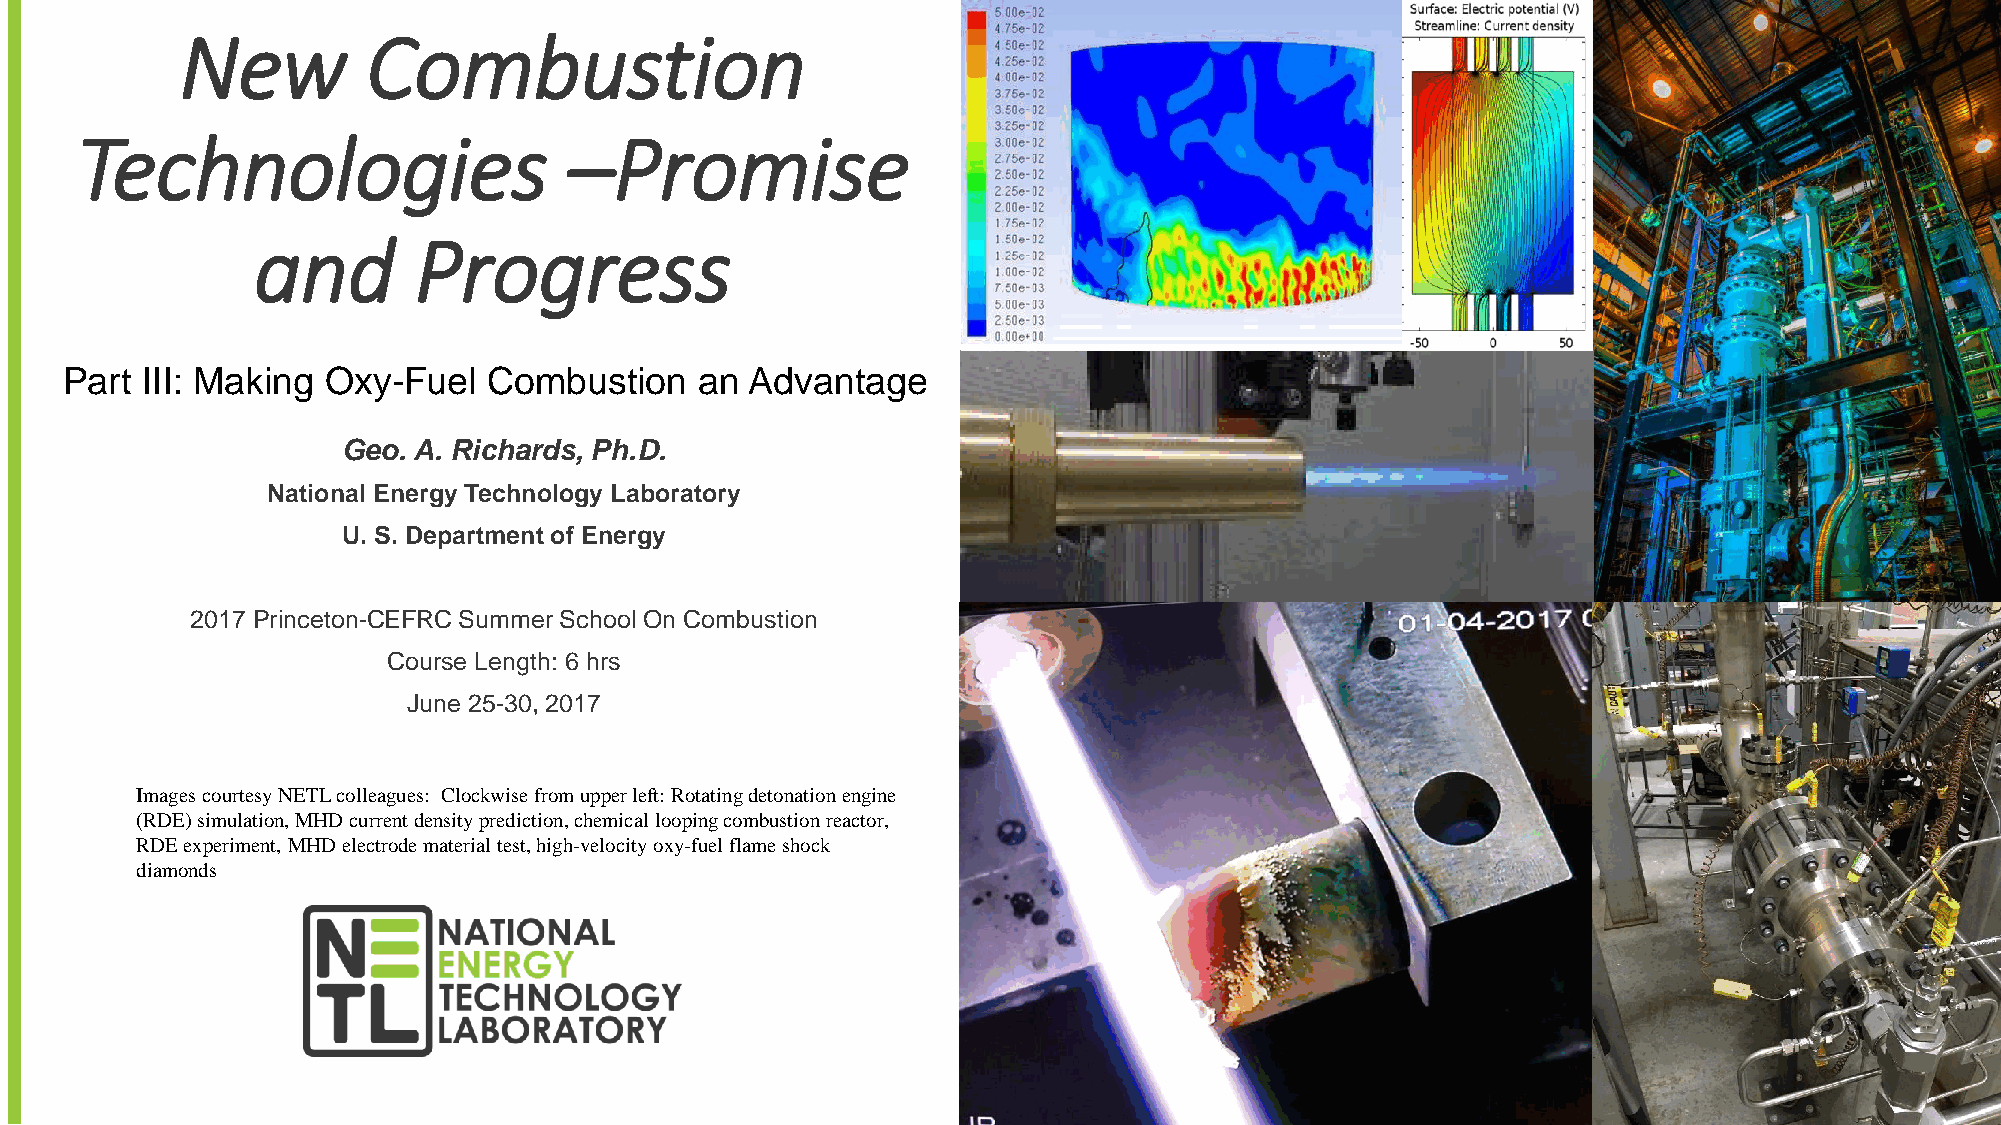
New         Combustion
 Technologies                     –Promise
 and       Progress
 Part III: Making  Oxy-Fuel  Combustion    an  Advantage
 Geo. A. Richards, Ph.D.
 National Energy Technology Laboratory
 U. S. Department of Energy
 2017 Princeton-CEFRC Summer School On Combustion
 Course Length: 6 hrs
 June 25-30, 2017
 Images courtesy NETL colleagues: Clockwise from upper left: Rotating detonation engine
 (RDE) simulation, MHD current density prediction, chemical looping combustion reactor,
 RDE experiment, MHD electrode material test, high-velocity oxy-fuel flame shock
 diamonds